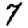
Digit: 7